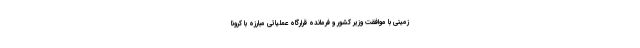
زمینی با موافقت وزیر کشور و فرمانده قرارگاه عملیاتی مبارزه با کرونا